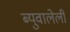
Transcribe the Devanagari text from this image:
ब्युवालेली